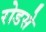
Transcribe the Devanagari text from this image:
रोडसे